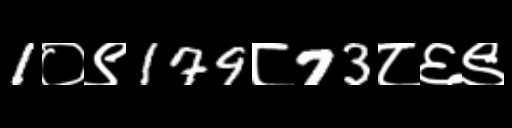
Text: 1०९179८73८६९